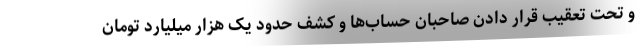
و تحت تعقیب قرار دادن صاحبان حساب‌ها و کشف حدود یک هزار میلیارد تومان